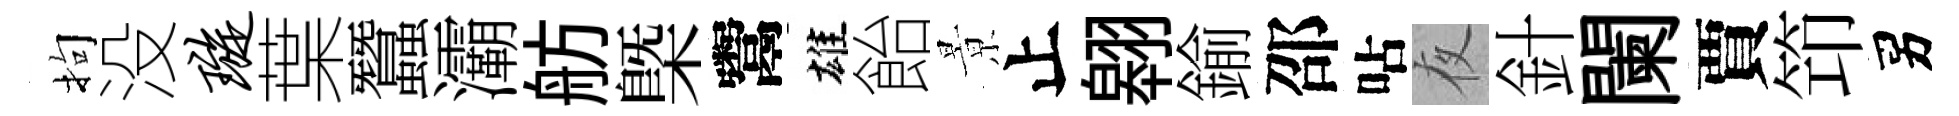
拘没璇葉蠶灞舫㮣鬻雄飴㬌止翱鍮邵呫夜針闌賈笻男